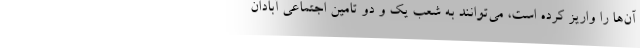
آن‌ها را واریز کرده است، می‌توانند به شعب یک و دو تامین اجتماعی آبادان